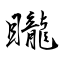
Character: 矓